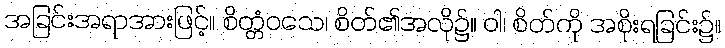
အခြင်းအရာအားဖြင့်။ စိတ္တံဝသေ၊ စိတ်၏အလို၌။ ဝါ၊ စိတ်ကို အစိုးရခြင်း၌။